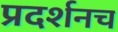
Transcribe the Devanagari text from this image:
प्रदर्शनच